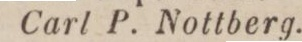
Carl P. Nottberg.